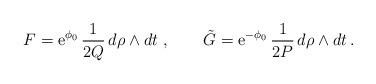
LaTeX: \begin{align*} F = {\mbox{e}}^{\phi_0} \, \frac{1}{2Q} \,d\rho\wedge dt \ , \qquad \tilde{G} = {\mbox{e}}^{-\phi_0} \, \frac{1}{2P} \,d\rho \wedge dt\, .\end{align*}